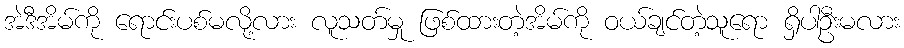
အဲဒီအိမ်ကို ရောင်းပစ်မလို့လား လူသတ်မှု ဖြစ်ထားတဲ့အိမ်ကို ဝယ်ချင်တဲ့သူရော ရှိပါဦးမလား